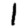
Digit: 1